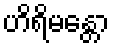
ဟိရိမန္တော